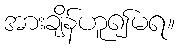
အားချိန်ဟူ၍မရ။